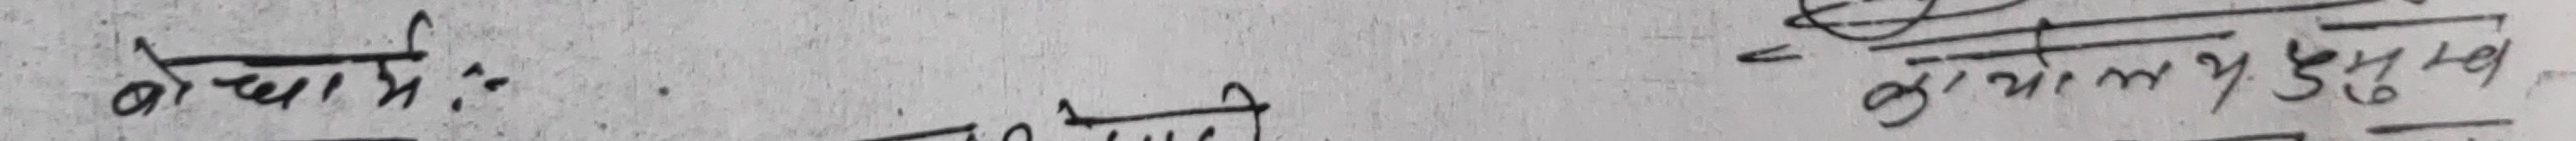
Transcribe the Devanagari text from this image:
बोचामि कायर्लंय छुटुव